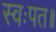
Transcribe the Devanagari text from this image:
स्वःपत॥